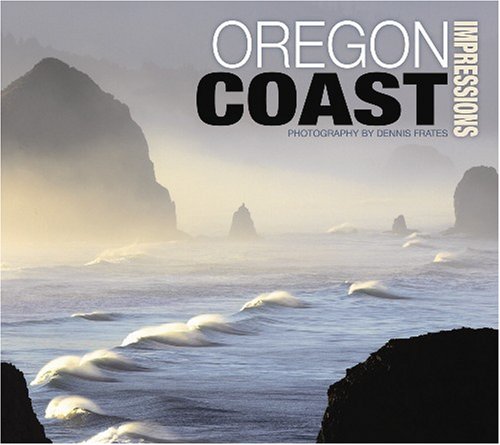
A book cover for Oregon Coast Impressions (Impressions (Farcountry Press)); photography by Dennis Frates; Travel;